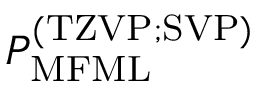
P _ { \mathrm { M F M L } } ^ { \mathrm { ( T Z V P ; S V P ) } }